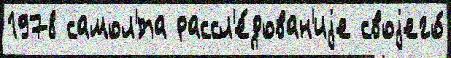
1978 самол'́та рассл'е́дован'иjе своjего́